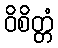
ဝိစိတ္တံ